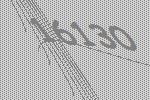
16130